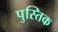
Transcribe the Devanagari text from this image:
पुस्तिक